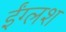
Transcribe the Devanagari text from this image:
ईंग्लश